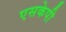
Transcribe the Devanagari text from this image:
एसकेपी